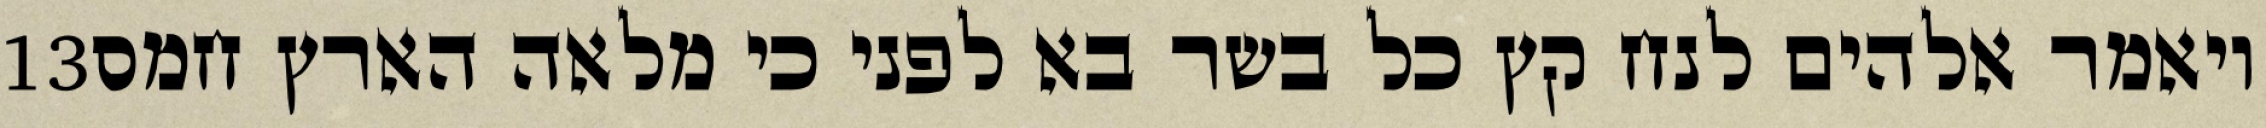
‎13‏ ויאמר אלהים לנח קץ כל בשר בא לפני כי מלאה הארץ חמס